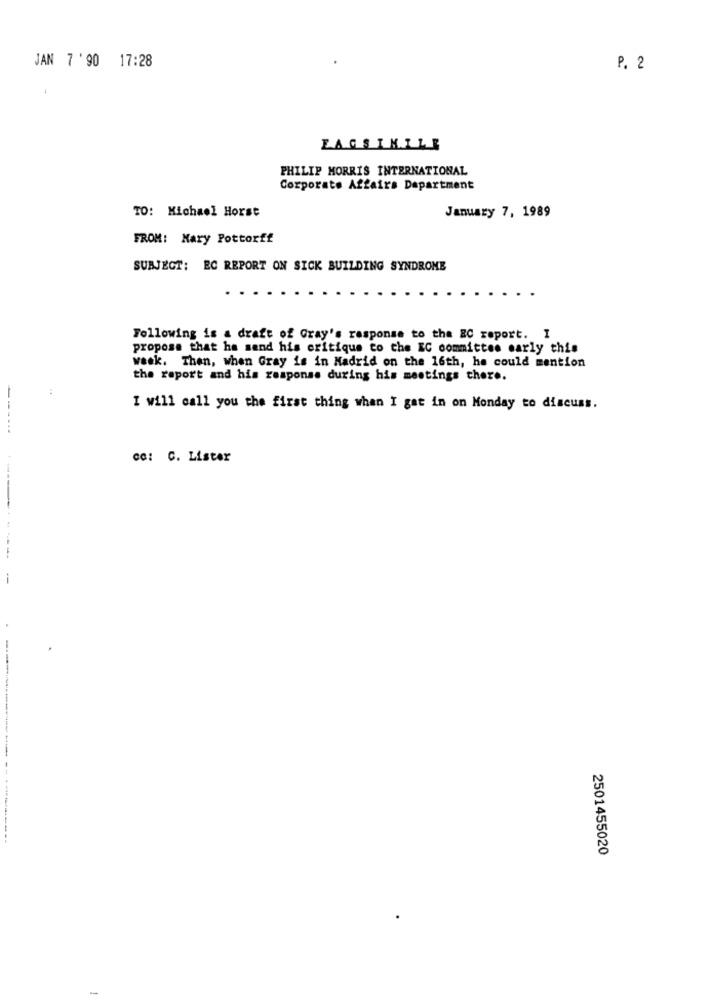
JAN 7 '90 17:28
P. 2
FACSIMILE
PHILIP MORRIS INTERNATIONAL
Corporate Affairs Department
TO: Michael Horst
January 7, 1989
FROM: Mary Pottorff
SUBJECT: EC REPORT ON SICK BUILDING SYNDROME
Following is a draft of Gray's response to the EC report. I
propose that he send his critique to the EC committee early this
week. Then, when Gray is in Madrid on the 16th, he could mention
the report and his response during his meetings cher ..
I will call you the first thing when I gat in on Monday to discuss.
-----
ca: C. Lister
2501455020